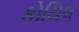
કોયિલ